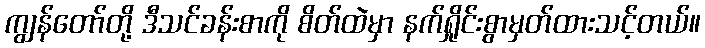
ကျွန်တော်တို့ ဒီသင်ခန်းစာကို စိတ်ထဲမှာ နက်ရှိုင်းစွာမှတ်ထားသင့်တယ်။